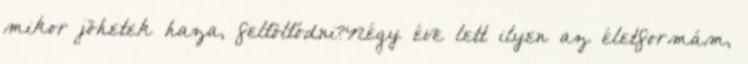
mikor jöhetek haza, feltöltődni?Négy éve lett ilyen az életformám,